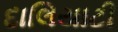
દાલિયાટી